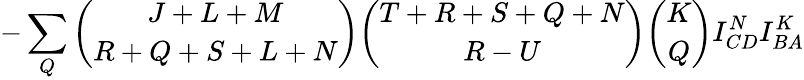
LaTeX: -\sum_{Q}{\binom{J+L+M}{R+Q+S+L+N}}{\binom{T+R+S+Q+N}{R-U}}{\binom{K}{Q}}I_{CD}^{N}I_{BA}^{K}